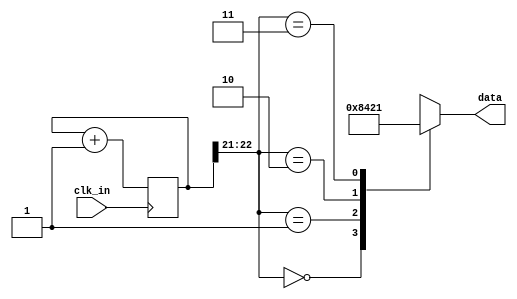
module led_switcher(input clk_in, output [3:0] data);

wire [3:0] data;
wire clk_in;

parameter N = 23;

reg [N-1:0] count = 0;
reg [3:0] data_reg = 0;

assign data = data_reg;

always @(posedge(clk_in)) begin
    count <= count + 1;
end

always @(count) begin
    case(count[N-1:N-2])
        2'b00       : data_reg = 4'b1000;
        2'b01       : data_reg = 4'b0100;
        2'b10       : data_reg = 4'b0010;
        2'b11       : data_reg = 4'b0001;
        default     : data_reg = 0;
    endcase
end

endmodule